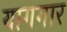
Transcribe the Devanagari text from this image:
यागगार